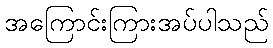
အကြောင်းကြားအပ်ပါသည်